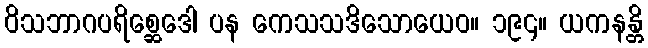
ဝိသဘာဂပရိစ္ဆေဒေါ ပန ကေသသဒိသောယေဝ။ ၁၉၄။ ယကနန္တိ